Lunatic asylums in Bengal annual reports 1888-1898 - 1888-1898
Year: 1888
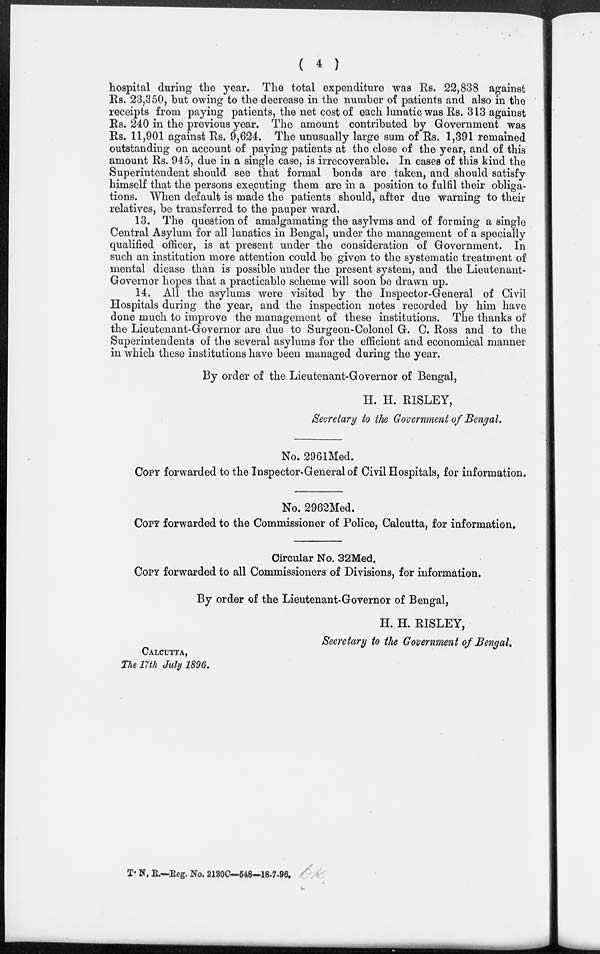
( 4 )
hospital during the year. The total expenditure was Rs. 22,838 against
Rs. 23,350, but owing to the decrease in the number of patients and also in the
receipts from paying patients, the net cost of each lunatic was Rs. 313 against
Rs. 240 in the previous year. The amount contributed by Government was
Rs. 11,901 against Rs. 9,624. The unusually large sum of Rs. 1,391 remained
outstanding on account of paying patients at the close of the year, and of this
amount Rs. 945, due in a single case, is irrecoverable. In cases of this kind the
Superintendent should see that formal bonds are taken, and should satisfy
himself that the persons executing them are in a position to fulfil their obliga-
tions. When default is made the patients should, after due warning to their
relatives, be transferred to the pauper ward.
13. The question of amalgamating the asylums and of forming a single
Central Asylum for all lunatics in Bengal, under the management of a specially
qualified officer, is at present under the consideration of Government. In
such an institution more attention could be given to the systematic treatment of
mental diease than is possible under the present system, and the Lieutenant-
Governor hopes that a practicable scheme will soon be drawn up.
14. All the asylums were visited by the Inspector-General of Civil
Hospitals during the year, and the inspection notes recorded by him have
done much to improve the management of these institutions. The thanks of
the Lieutenant-Governor are due to Surgeon-Colonel G. C. Ross and to the
Superintendents of the several asylums for the efficient and economical manner
in which these institutions have been managed during the year.
By order of the Lieutenant-Governor of Bengal,
H. H. RISLEY,
Secretary to the Government of Bengal.
No. 2961Med.
COPY forwarded to the Inspector-General of Civil Hospitals, for information.
No. 2962Med.
COPY forwarded to the Commissioner of Police, Calcutta, for information.
Circular No. 32Med.
COPY forwarded to all Commissioners of Divisions, for information.
By order of the Lieutenant-Governor of Bengal,
H. H. RISLEY,
Secretary to the Government of Bengal.
CALCUTTA,
The 17th July 1896.
T. N. R.—Reg. No. 2130C—548—18-7-96.